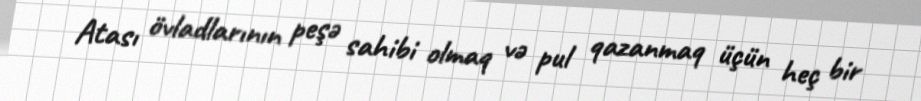
Atası övladlarının peşə sahibi olmaq və pul qazanmaq üçün heç bir